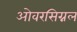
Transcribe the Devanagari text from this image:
ओवरसिग्नल